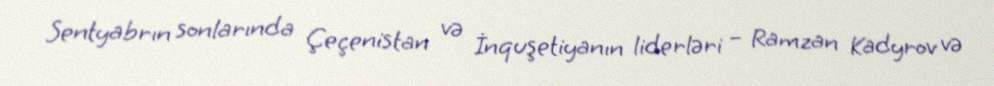
Sentyabrın sonlarında Çeçenistan və İnquşetiyanın liderləri – Ramzan Kadyrov və